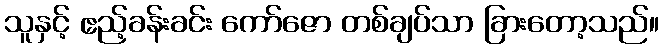
သူနှင့် ဧည့်ခန်းခင်း ကော်ဇော တစ်ချပ်သာ ခြားတော့သည်။